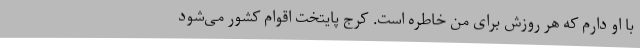
با او دارم که هر روزش برای من خاطره است. کرج پایتخت اقوام کشور می‌شود